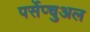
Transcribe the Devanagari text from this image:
पर्सेप्चुअल